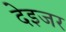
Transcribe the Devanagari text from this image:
देइजर